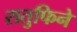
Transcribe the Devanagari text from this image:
रातुफिने